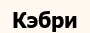
Кэбри